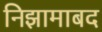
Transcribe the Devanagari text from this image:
निझामाबद